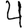
Digit: 4